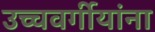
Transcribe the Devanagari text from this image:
उच्चवर्गीयांना